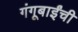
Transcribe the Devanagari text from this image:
गंगूबाईंची